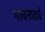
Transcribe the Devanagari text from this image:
भावनाट्ये